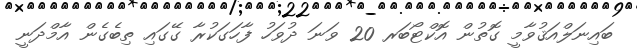
ބައިނަލްއަޤުވާމީ ގޮތުން އޮކްޓޯބަރ 20 ވަނަ ދުވަހު ފާހަގަކުރާ ގޭގައި ތިބެގެން އާމްދަނީ